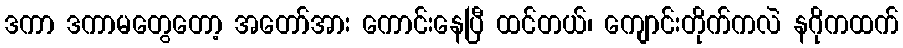
ဒကာ ဒကာမတွေတော့ အတော်အား ကောင်းနေပြီ ထင်တယ်၊ ကျောင်းတိုက်ကလဲ နဂိုကထက်